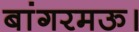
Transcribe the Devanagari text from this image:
बांगरमऊ।